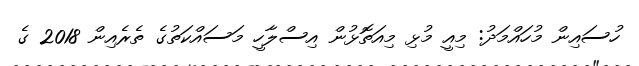
ހުސައިން މުހައްމަދު: މިއީ މުޅި މިއަތޮޅުން އިސްލާހީ މަސައްކަތުގެ ތެރެއިން 2018 ގެ